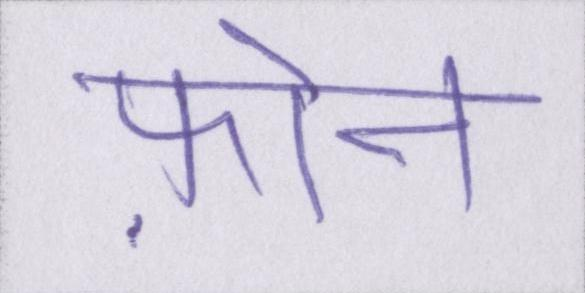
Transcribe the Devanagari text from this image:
फ़ोन